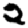
Digit: 2